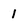
Character: 1